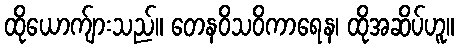
ထိုယောက်ျားသည်။ တေနဝိသဝိကာရေန၊ ထိုအဆိပ်ဟူ။